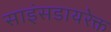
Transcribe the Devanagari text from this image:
साइंसडायरेक्त